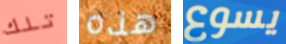
تلك هذه يسوع